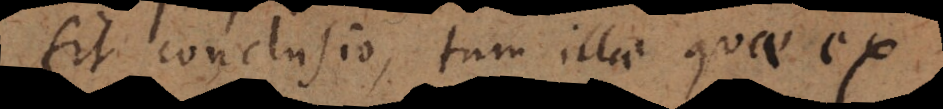
fit conclusio, tum illae quae ex